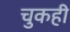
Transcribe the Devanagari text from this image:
चुकही